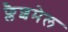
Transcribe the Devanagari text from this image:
फ्लैशमेल